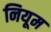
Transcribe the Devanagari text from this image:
नियूम